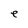
Character: e